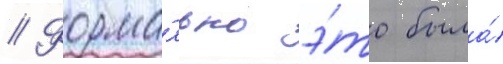
// Форма́льно э́то была́